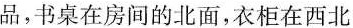
品，书桌在房间的北面，衣柜在西北